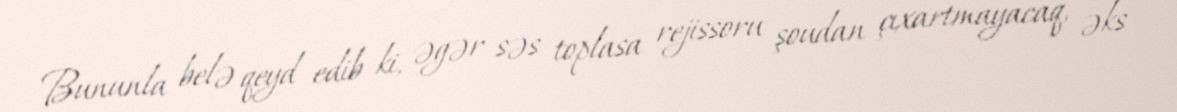
Bununla belə qeyd edib ki, əgər səs toplasa rejissoru şoudan çıxartmayacaq, əks